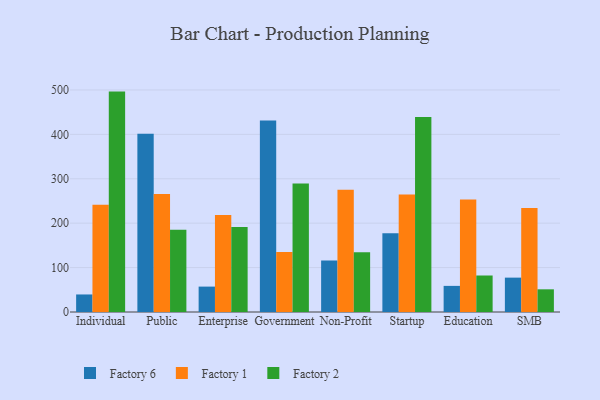
{"axis": {"x": "Segment", "y": "Market Share (%)"}, "legend": ["Factory 1", "Factory 2", "Factory 6"], "data": [{"x": "Individual", "y": 39.5, "type": "Factory 6"}, {"x": "Individual", "y": 241.3, "type": "Factory 1"}, {"x": "Individual", "y": 496.3, "type": "Factory 2"}, {"x": "Public", "y": 401.2, "type": "Factory 6"}, {"x": "Public", "y": 265.8, "type": "Factory 1"}, {"x": "Public", "y": 185.3, "type": "Factory 2"}, {"x": "Enterprise", "y": 57.2, "type": "Factory 6"}, {"x": "Enterprise", "y": 218.4, "type": "Factory 1"}, {"x": "Enterprise", "y": 191.4, "type": "Factory 2"}, {"x": "Government", "y": 431.0, "type": "Factory 6"}, {"x": "Government", "y": 134.9, "type": "Factory 1"}, {"x": "Government", "y": 289.5, "type": "Factory 2"}, {"x": "Non-Profit", "y": 115.7, "type": "Factory 6"}, {"x": "Non-Profit", "y": 275.5, "type": "Factory 1"}, {"x": "Non-Profit", "y": 134.4, "type": "Factory 2"}, {"x": "Startup", "y": 177.3, "type": "Factory 6"}, {"x": "Startup", "y": 264.8, "type": "Factory 1"}, {"x": "Startup", "y": 439.1, "type": "Factory 2"}, {"x": "Education", "y": 58.8, "type": "Factory 6"}, {"x": "Education", "y": 253.5, "type": "Factory 1"}, {"x": "Education", "y": 82.2, "type": "Factory 2"}, {"x": "SMB", "y": 77.4, "type": "Factory 6"}, {"x": "SMB", "y": 234.0, "type": "Factory 1"}, {"x": "SMB", "y": 51.1, "type": "Factory 2"}]}